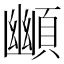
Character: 䫜